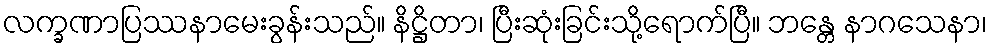
လက္ခဏာပြဿနာမေးခွန်းသည်။ နိဋ္ဌိတာ၊ ပြီးဆုံးခြင်းသို့ရောက်ပြီ။ ဘန္တေ နာဂသေနာ၊